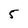
Character: 5